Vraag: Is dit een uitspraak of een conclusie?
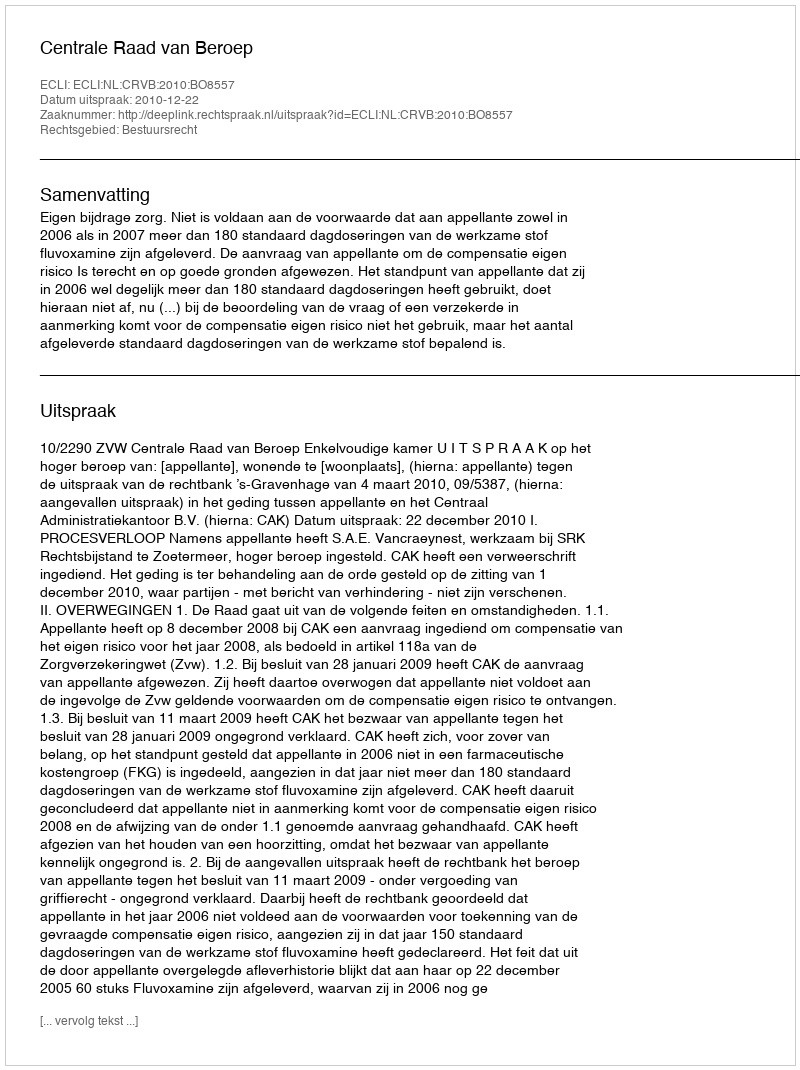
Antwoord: Uitspraak